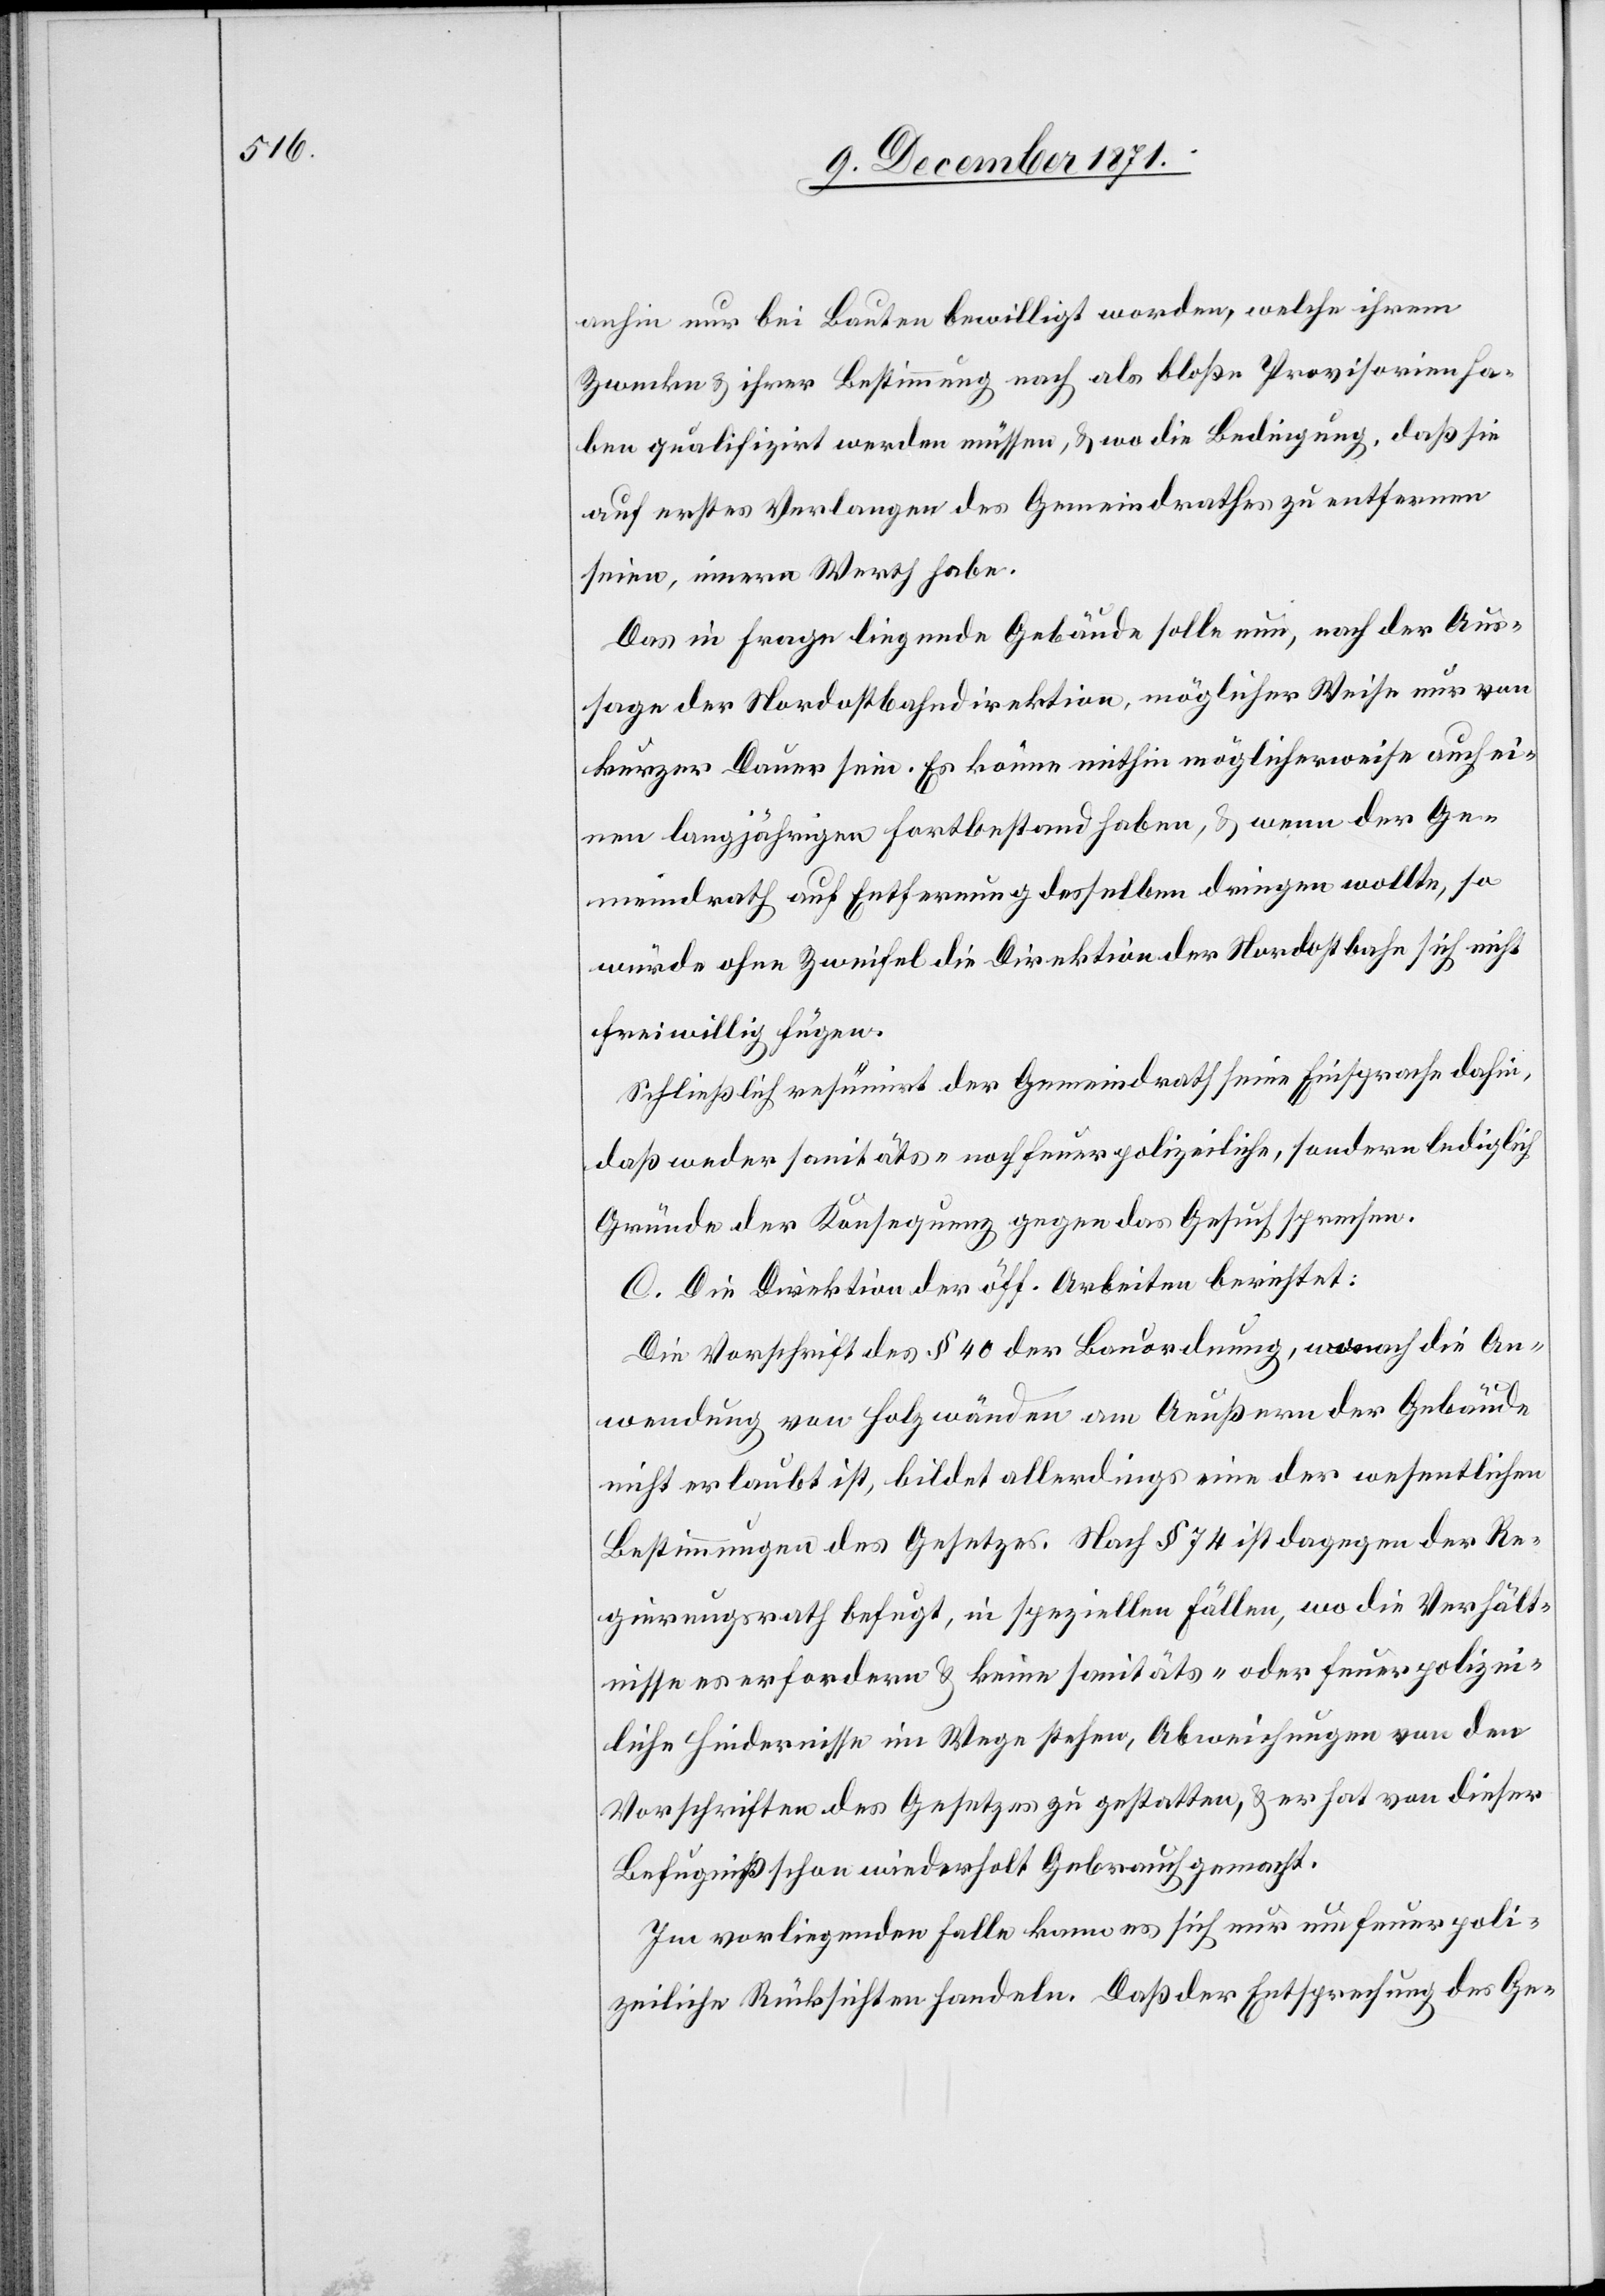
anhin nur bei Bauten bewilligt worden, welche ihrem
Zwecke & ihrer Bestimmung nach als bloße Provisorien ha¬
ben qualifizirt werden müssen, & wo die Bedingung, daß sie
auf erstes Verlangen des Gemeindrathes zu entfernen
seien, immer Werth habe.
Das in Frage liegende Gebäude solle nun, nach der Aus¬
sage der Nordostbahndirektion, möglicher Weise nur von
kurzer Dauer sein. Es könne mithin möglicherweise auch ei¬
nen langjährigen Fortbestand haben, & wenn der Ge¬
meindrath auf Entfernung desselben dringen wollte, so
würde ohne Zweifel die Direktion der Nordostbahn sich nicht
freiwillig fügen.
Schließlich resümirt der Gemeindrath seine Einsprache dahin,
daß weder sanitäts- noch feuerpolizeiliche, sondern lediglich
Gründe der Konsequenz gegen das Gesuch sprechen.
C. Die Direktion der öff. Arbeiten berichtet:
Die Vorschrift des § 40 der Bauordnung, wonach die An¬
wendung von Holzwänden am Aeußern der Gebäude
nicht erlaubt ist, bildet allerdings eine der wesentlichen
Bestimmungen des Gesetzes. Nach § 74 ist dagegen der Re¬
gierungsrath befugt, in speziellen Fällen, wo die Verhält¬
nisse es erfordern & keine sanitäts- oder feuerpolizei¬
liche Hindernisse im Wege stehen, Abweichungen von den
Vorschriften des Gesetzes zu gestatten, & er hat von dieser
Befugniß schon wiederholt Gebrauch gemacht.
Im vorliegenden Falle kann es sich nur um feuerpoli¬
zeiliche Rücksichten handeln. Daß der Entsprechung des Ge-